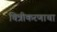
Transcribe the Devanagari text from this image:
चित्रीकरणाचा